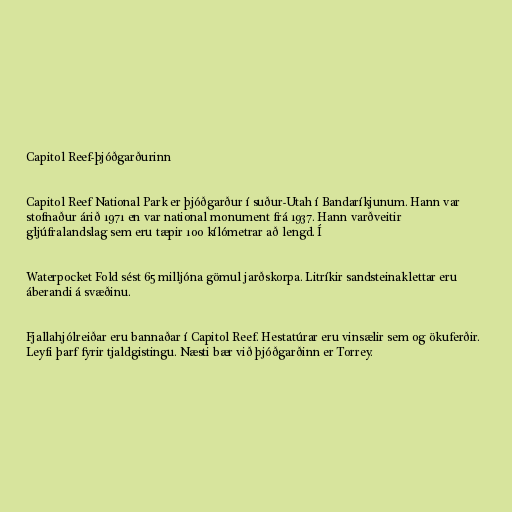
Capitol Reef-þjóðgarðurinn

Capitol Reef National Park er þjóðgarður í suður-Utah í Bandaríkjunum. Hann var
stofnaður árið 1971 en var national monument frá 1937. Hann varðveitir
gljúfralandslag sem eru tæpir 100 kílómetrar að lengd. Í

Waterpocket Fold sést 65 milljóna gömul jarðskorpa. Litríkir sandsteinaklettar eru
áberandi á svæðinu.

Fjallahjólreiðar eru bannaðar í Capitol Reef. Hestatúrar eru vinsælir sem og ökuferðir.
Leyfi þarf fyrir tjaldgistingu. Næsti bær við þjóðgarðinn er Torrey.